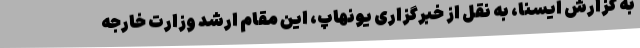
به گزارش ایسنا، به نقل از خبرگزاری یونهاپ، این مقام ارشد وزارت خارجه